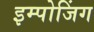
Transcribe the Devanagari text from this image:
इम्पोजिंग